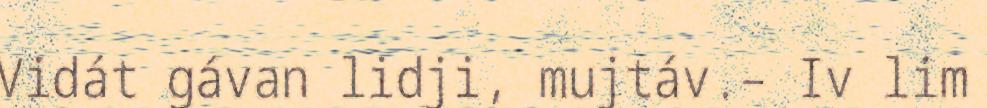
Vidát gávan lidji, mujtáv.– Iv lim